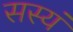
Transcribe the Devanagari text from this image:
सस्यं